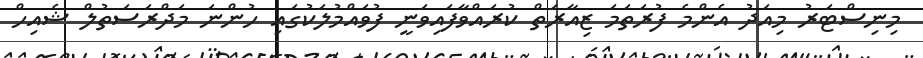
މިނިސްޓަރު މިއަދު އެންމެ ފުރަތަމަ ޒިއާރަތް ކުރައްވާފައިވަނީ ފުވައްމުލަކުގައި ހުންނަ މަދްރަސަތުލް ޝެއިހް